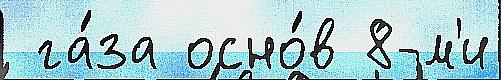
 га́за осно́в 8-м'и